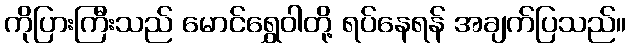
ကိုပြားကြီးသည် မောင်ရွှေဝါတို့ ရပ်နေရန် အချက်ပြသည်။